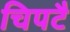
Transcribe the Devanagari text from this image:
चिपटै